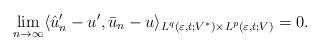
LaTeX: \begin{align*}\lim_{n\to\infty}\langle \hat{u}_n'-u',\bar{u}_n-u \rangle_{L^q(\varepsilon,t;V^*)\times L^p(\varepsilon,t;V)} = 0.\end{align*}